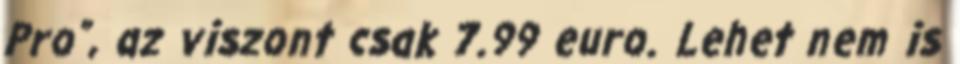
Pro”, az viszont csak 7.99 euro. Lehet nem is